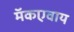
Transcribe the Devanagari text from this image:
मॅकएवाय